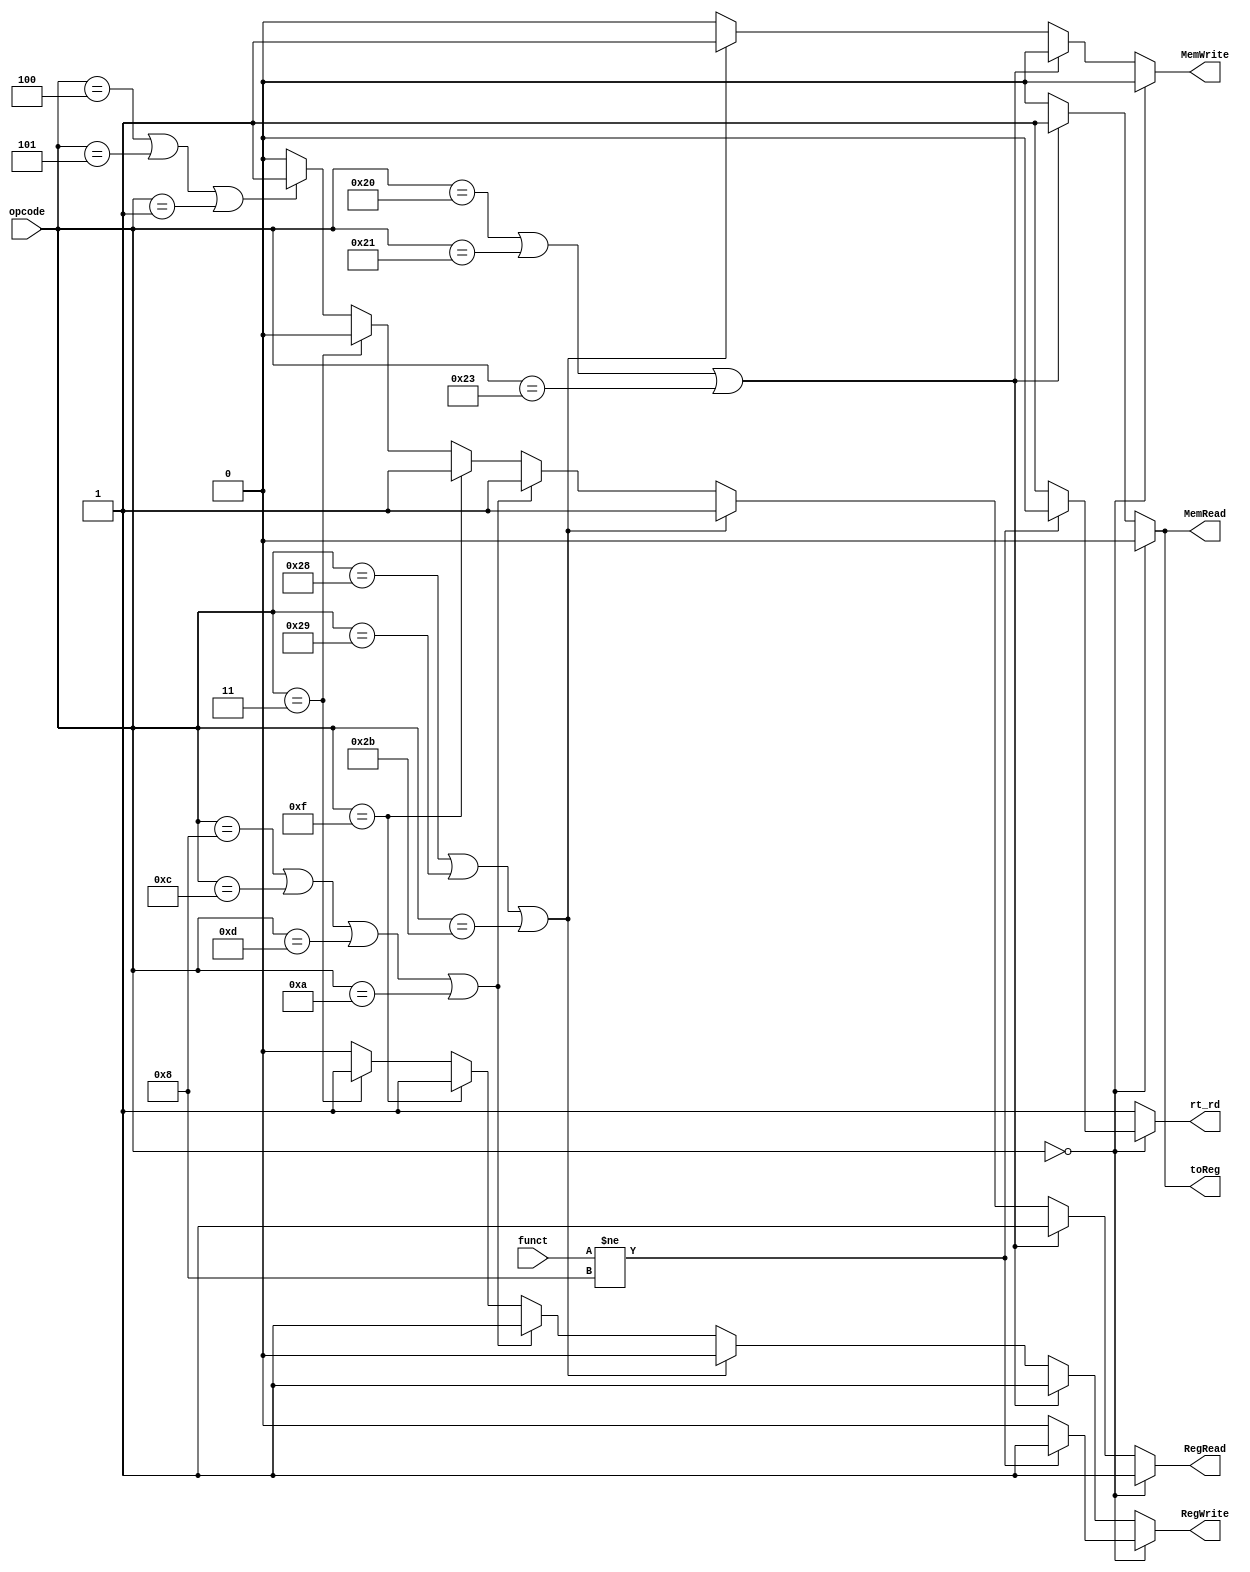
module ControlUnit(RegWrite, RegRead, MemRead, MemWrite, toReg,rt_rd, opcode, funct);

input[5:0] opcode, funct;
output RegWrite, RegRead, MemRead, MemWrite, toReg,rt_rd;

wire[5:0]opcode, funct;
reg RegWrite, RegRead, MemRead, MemWrite, toReg,rt_rd;



always @ (opcode, funct) begin
  RegWrite = 1'b0;
  RegRead = 1'b0;
  MemRead = 1'b0;
  MemWrite = 1'b0;
  toReg = 1'b0;//0 ALU, 1 mem
  rt_rd = 1'b1;//a donde se escribe: 0 rd, 1 rt
  //$monitor("RegWrite %b, RegRead %b, MemRead %b, MemWrite %b, toReg %b, Branch %b,rt_rd %b",RegWrite, RegRead, MemRead, MemWrite, toReg, Branch,rt_rd);
  //R
  if(opcode==6'b000000)
  begin
    RegRead = 1'b1;
    if(funct!=6'b001000)//jr
    begin
      rt_rd=1'b0;
      RegWrite=1'b1;
    end
  end

  //I
  else if(opcode==6'b100000 || opcode==6'b100001 || opcode==6'b100011)//lb, lh, lw
  begin
    MemRead=1'b1;
    toReg=1'b1;
    RegWrite=1'b1;
    RegRead=1'b1;
  end

  else if(opcode==6'b101000 || opcode==6'b101001 || opcode==6'b101011)//sb, sh, sw
  begin
    MemWrite=1'b1;
    RegRead=1'b1;
  end

  else if(opcode == 6'b001000 || opcode == 6'b001100 || opcode == 6'b001101 || opcode == 6'b001010)//addi, andi, ori, slti
  begin
    RegRead=1'b1;
    RegWrite=1'b1;
  end

  else if(opcode == 6'b001111)//lui
  begin
    RegRead=1'b1;
    RegWrite=1'b1;
  end

  else if(opcode == 6'b000011)//jal
  begin
    RegWrite=1'b1;
  end

  else if(opcode == 6'b000100 || opcode == 6'b000101 || opcode == 6'b000001)//branches
  begin
    RegRead=1'b1;
  end

  $display("SIGNALS |> RegWrite: %b - RegRead: %b - MemRead: %b - MemWrite: %b - toReg: %b - rt_rd: %b",RegWrite, RegRead, MemRead, MemWrite,toReg,rt_rd);
end

endmodule